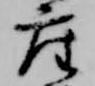
座